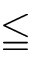
\leqq